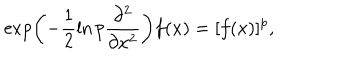
\exp \left( - \frac { 1 } { 2 } \ln p \frac { \partial ^ { 2 } } { \partial x ^ { 2 } } \right) f ( x ) = [ f ( x ) ] ^ { p } ,